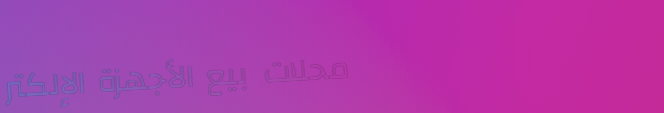
محلات بيع الأجهزة الإلكتر